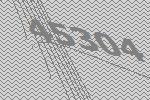
45304